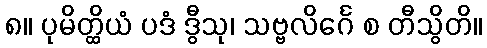
၈။ ပုမိတ္ထိယံ ပဒံ ဒွီသု၊ သဗ္ဗလိင်္ဂေ စ တီသွိတိ။